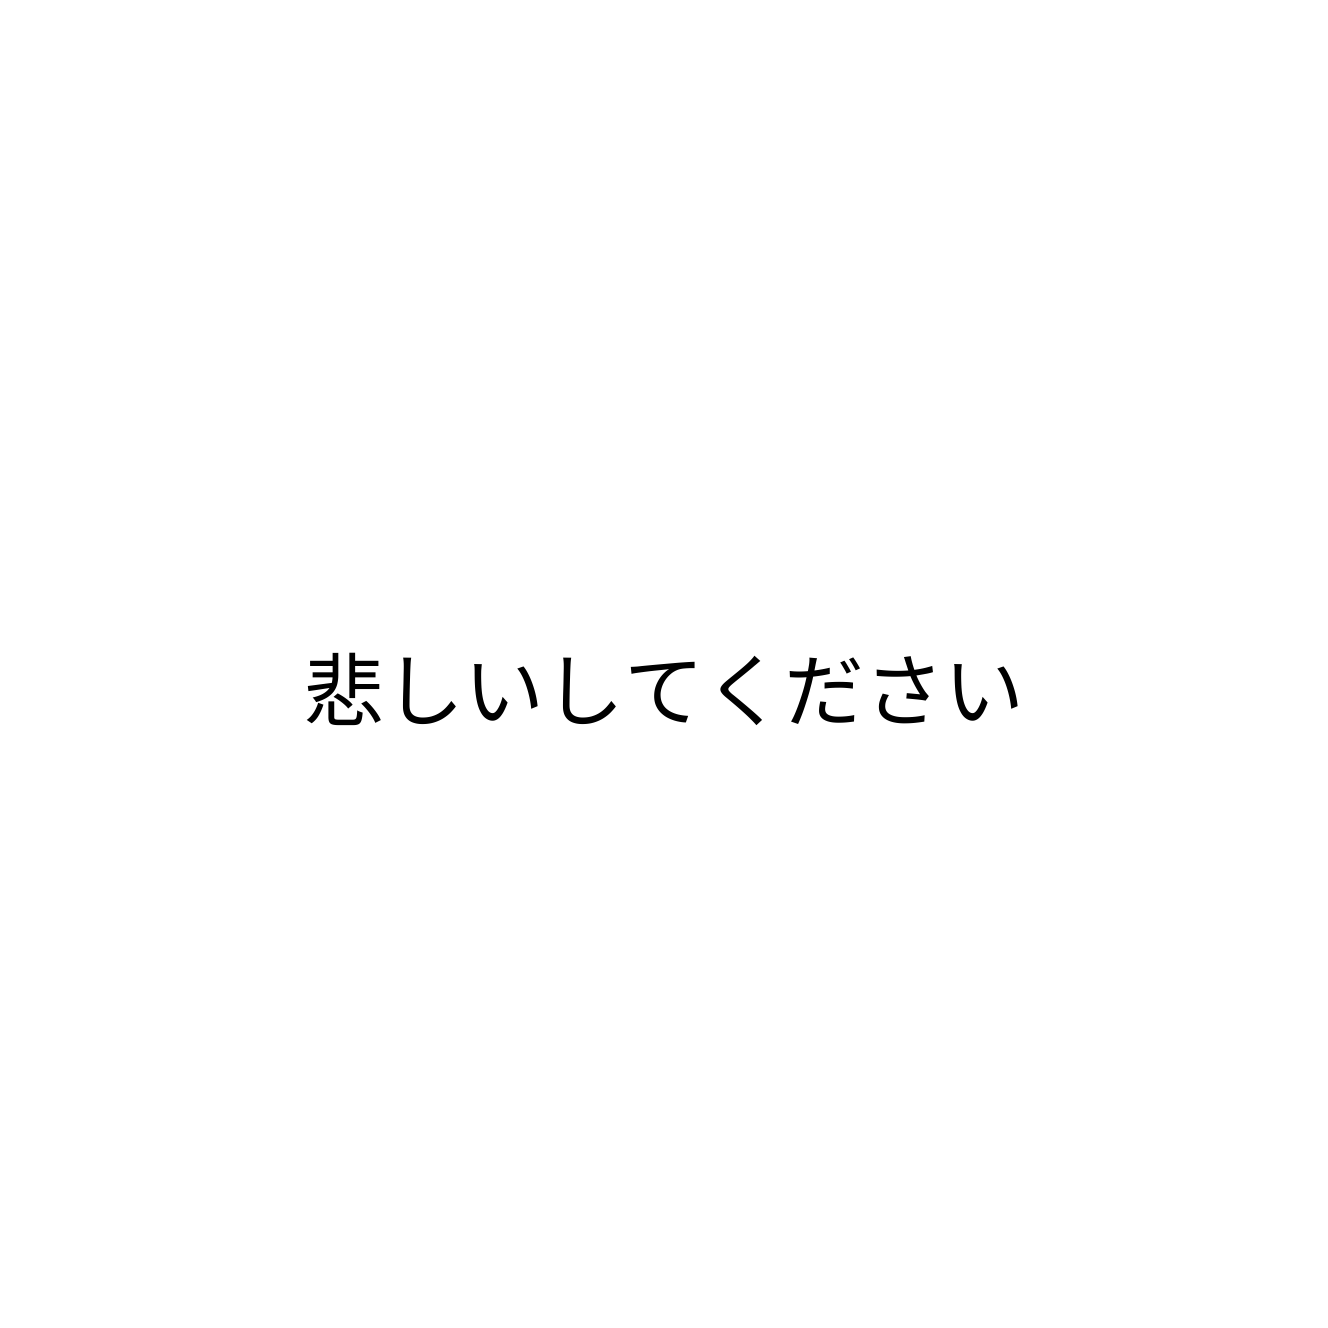
悲しいしてください